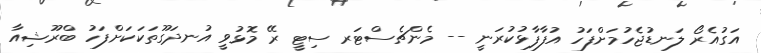
އަގުއެރޯ ލަނޑުޖެހުމަށްފަހު އުފާފާޅުކުރަނީ -- މެންޗެސްޓަރ ސިޓީ ރޭ މޮޅުވީ އުނދަގޫތަކަކަށްފަހު ބްރޫޝިއާ